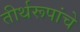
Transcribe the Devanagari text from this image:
तीर्थरूपांचे